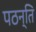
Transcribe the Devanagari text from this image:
पठन्ति